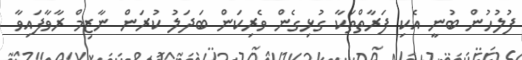
ފުލުހުން ބުނީ އެކި ފަރާތްތަކާ ގުޅިގެން ވެރިކަން ބަދަލު ކުރަން ނާޒިމް ރާވާފައިވާ